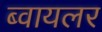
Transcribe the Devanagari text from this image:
ब्वायलर